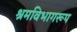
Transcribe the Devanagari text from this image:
श्रमविभागरूप